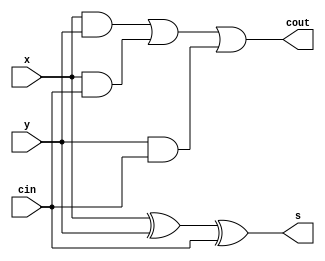
`timescale 1ns / 1ps
//////////////////////////////////////////////////////////////////////////////////
// Company: 
// Engineer: 
// 
// Design Name: 
// Module Name: full_adder
// Project Name: 
// Target Devices: 
// Tool Versions: 
// Description: 
// 
// Dependencies: 
// 
// Revision:
// Revision 0.01 - File Created
// Additional Comments:
// 
//////////////////////////////////////////////////////////////////////////////////


module full_adder(x,y,cin,s,cout);
    input x,y,cin;
    output s,cout;
//    wire s1,c1,c2,c3;

//    // Behavioral Level
//    //
//    reg s,cout;
//    reg s1,c1,c2,c3;
//    always @ (x,y,cin)begin
//        s1 = x ^ y; 
//        c1 = x & y;
//        c2 = x & cin;
//        c3 = y & cin;
//        s = s1 ^ cin;
//        cout = c1 ^ c2 ^ c3;
//    end

    //Gate Level
    xor(s1,x,y);
    xor(s,s1,cin);
    and(c1,x,y);
    and(c2,x,cin);
    and(c3,y,cin);
    or(cout,c1,c2,c3);
    
//    //Data Flow Level
//    assign s1 = x ^ y;
//    assign c1 = x & y;
//    assign c2 = x & cin;
//    assign c3 = y & cin;
//    assign s = s1 ^ cin;
//    assign cout = c1 ^ c2 ^ c3;
    
endmodule